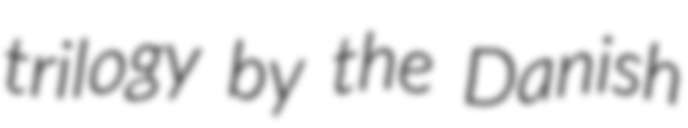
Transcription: trilogy by the Danish